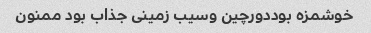
خوشمزه بوددورچین وسیب زمینی جذاب بود ممنون